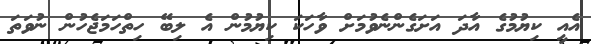
އެއީ ކިޔުމުގެ އާދަ އަށަގެންނެވުމަށް ވާހަކަ ކިޔުމުން އެ ލިބޭ ހިތްހަމަޖެހުން ނުވަތަ